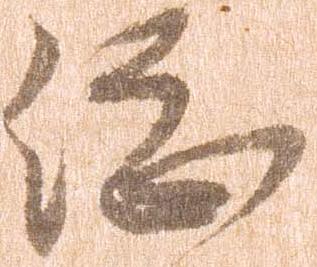
総